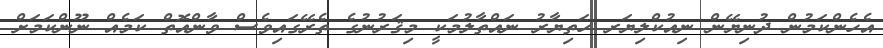
އެހެންކަމުން ދުނިޔޭން ނިއުކްލިޔަރ ހަތިޔާރު ނައްތާލުމަކީ މިޤަރުނުގެ ތެރޭގައިވެސް ވާންއޮތް ކަމެއް ނޫންކަމަށް